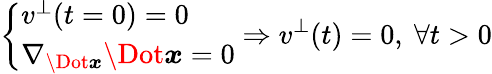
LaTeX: \left\{ \begin{array}{ll}{v^{\perp}(t=0)=0}\\ {\nabla_{\Dot{\boldsymbol x}}\Dot{\boldsymbol{x}}=0}\end{array}\right.\Rightarrow v^{\perp}(t)=0,\ \forall t>0